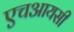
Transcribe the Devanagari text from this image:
एचआयसी